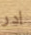
ادر